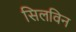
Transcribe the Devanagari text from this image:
सिलविन